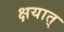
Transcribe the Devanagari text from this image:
क्षयात्